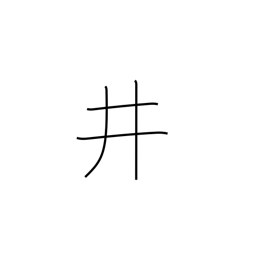
Meaning: well crib